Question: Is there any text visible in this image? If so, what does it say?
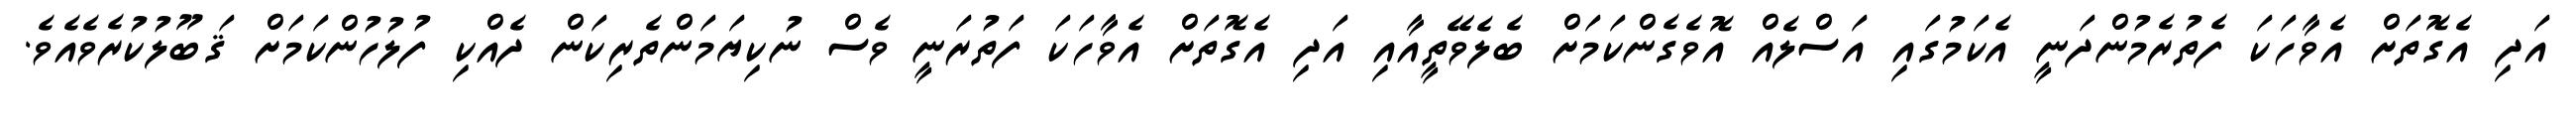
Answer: އަދި އެގޮތަށް އެވާހަކަ ފެތުރެމުންދަނީ އެކަމުގައި އަސްލެއް އޮވެގެންކަމަށް ބެލެވޭތީއާއި އަދި އެގޮތަށް އެވާހަކަ ފަތުރަނީ ވެސް ނުކިޔަމަންތެރިކަން ދެއްކި ފުލުހުންކަމަށް ޤަބޫލުކުރެވެއެވެ.